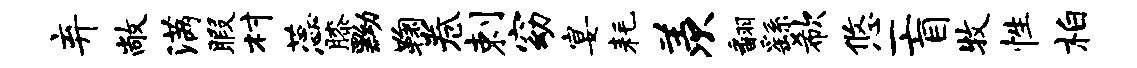
弃敞满暇村蕊膝黝鞠卷剌窈宴耗羡翻繇欷悠一盲牧性柏